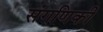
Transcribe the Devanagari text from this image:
संगणिकी